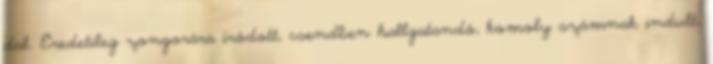
dal. Eredetileg zongorára íródott, csendben hallgatandó, komoly számnak indult,